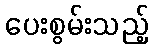
ပေးစွမ်းသည့်